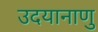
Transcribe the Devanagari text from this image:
उदयानाणु